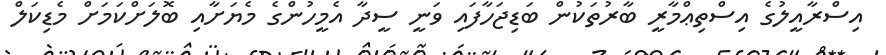
އިސްރާއީލުގެ އިސްތިޢްމާރީ ބާރުތަކުން ބަޑިޖަހާފައި ވަނީ ސީދާ އެމީހުންގެ މެޔަށާއި ބޮލަށްކަމަށް މެޑިކަލް